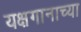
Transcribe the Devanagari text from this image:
यक्षगानाच्या